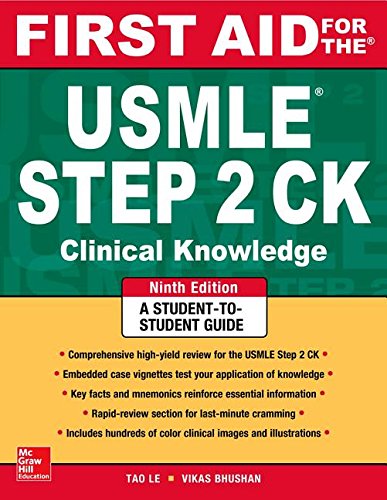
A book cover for First Aid for the USMLE Step 2 CK, Ninth Edition (First Aid USMLE); Tao Le; Test Preparation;